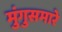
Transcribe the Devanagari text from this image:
मुंगुसमारे